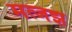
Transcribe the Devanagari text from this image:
मत्जझ